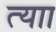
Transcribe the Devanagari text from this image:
त्याा